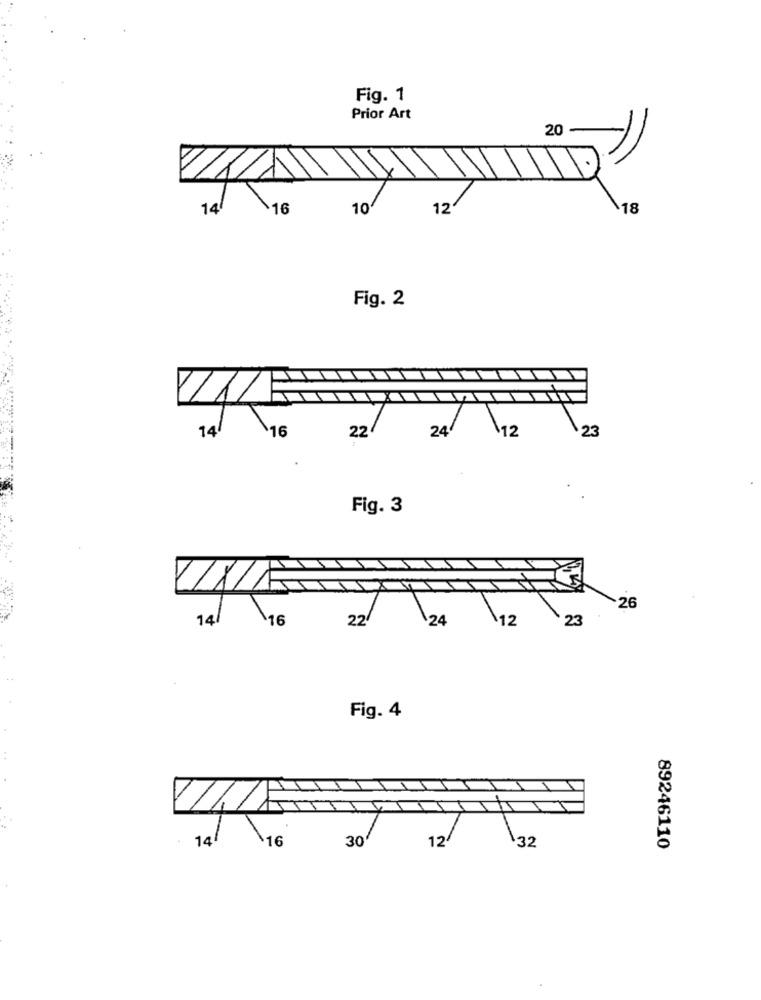
Fig. 1
Prior Art
20 -
14
¥16
10
12
18
Fig. 2
1/1/
16
22
24
12
23
14
Fig. 3
26
14/
16
\12
23
22/
24
Fig. 4
II
141
16
30
12/
32
89246110